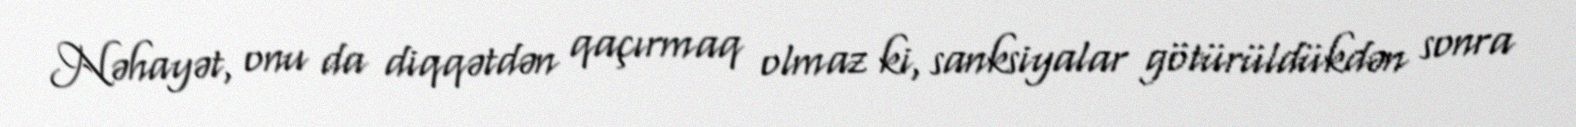
Nəhayət, onu da diqqətdən qaçırmaq olmaz ki, sanksiyalar götürüldükdən sonra